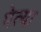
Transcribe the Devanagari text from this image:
पेत्या